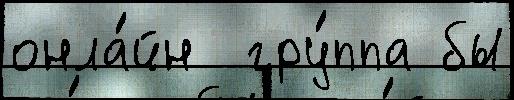
онла́йн  гру́ппа бы